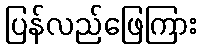
ပြန်လည်ဖြေကြား